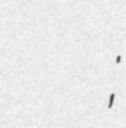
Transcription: Иван Михайлович Слуцкий;